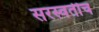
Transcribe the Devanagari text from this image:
सरस्वतीच